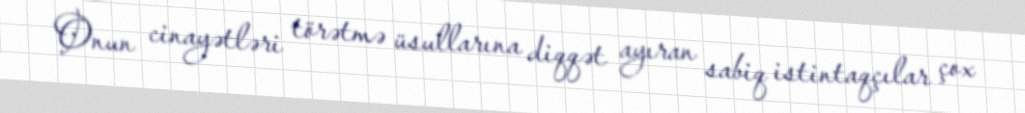
Onun cinayətləri törətmə üsullarına diqqət ayıran sabiq istintaqçılar çox